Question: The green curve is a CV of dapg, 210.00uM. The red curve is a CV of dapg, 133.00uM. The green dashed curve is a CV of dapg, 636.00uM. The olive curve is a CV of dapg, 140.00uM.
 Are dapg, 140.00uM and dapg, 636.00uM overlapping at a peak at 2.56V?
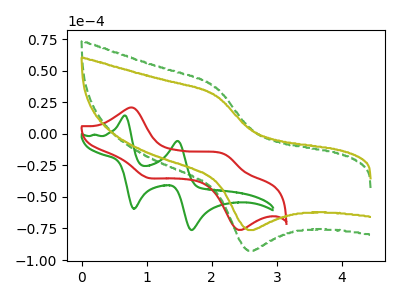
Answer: <think>The green curve "dapg, 210.00uM" has anodic peaks at (0.65V, 14.45uA) (1.45V, -5.65uA) and cathodic peaks at (0.80V, -59.45uA) (1.70V, -76.25uA). The red curve "dapg, 133.00uM" has anodic peaks at (0.80V, 20.65uA) (2.20V, -16.50uA) and cathodic peaks at (1.00V, -34.65uA) (2.40V, -75.85uA). The green dashed curve "dapg, 636.00uM" has an anodic peak at (2.05V, 36.60uA) and a cathodic peak at (2.55V, -92.65uA). The olive curve "dapg, 140.00uM" has an anodic peak at (2.05V, 30.10uA) and a cathodic peak at (2.55V, -76.25uA).</think>
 <answer>Yes, "dapg, 140.00uM" and "dapg, 636.00uM" share a peak at 2.56V.</answer>
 <eval>match</eval>